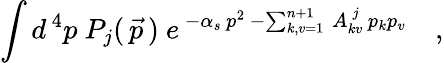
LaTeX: \int d^{\, 4}p\ P_{j}(\, \vec{p}\, )\ e^{\, -\alpha_{s}\, p^{2}\, -\sum_{k,v=1}^{n+1}\, A_{kv}^{\, j}\, p_{k}p_{v}}\quad,